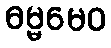
ဓမ္မမေဝ